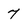
Character: 7